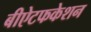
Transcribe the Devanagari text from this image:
बीऐटफकेशन